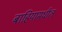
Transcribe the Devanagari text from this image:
बाहियामधील